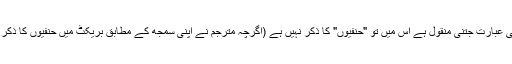
باقی عربی عبارت جتنی منقول ہے اس میں تو "حنفیوں" کا ذکر نہیں ہے (اگرچہ مترجم نے اپنی سمجھ کے مطابق بریکٹ میں حنفیوں کا ذکر کیا ہے)۔